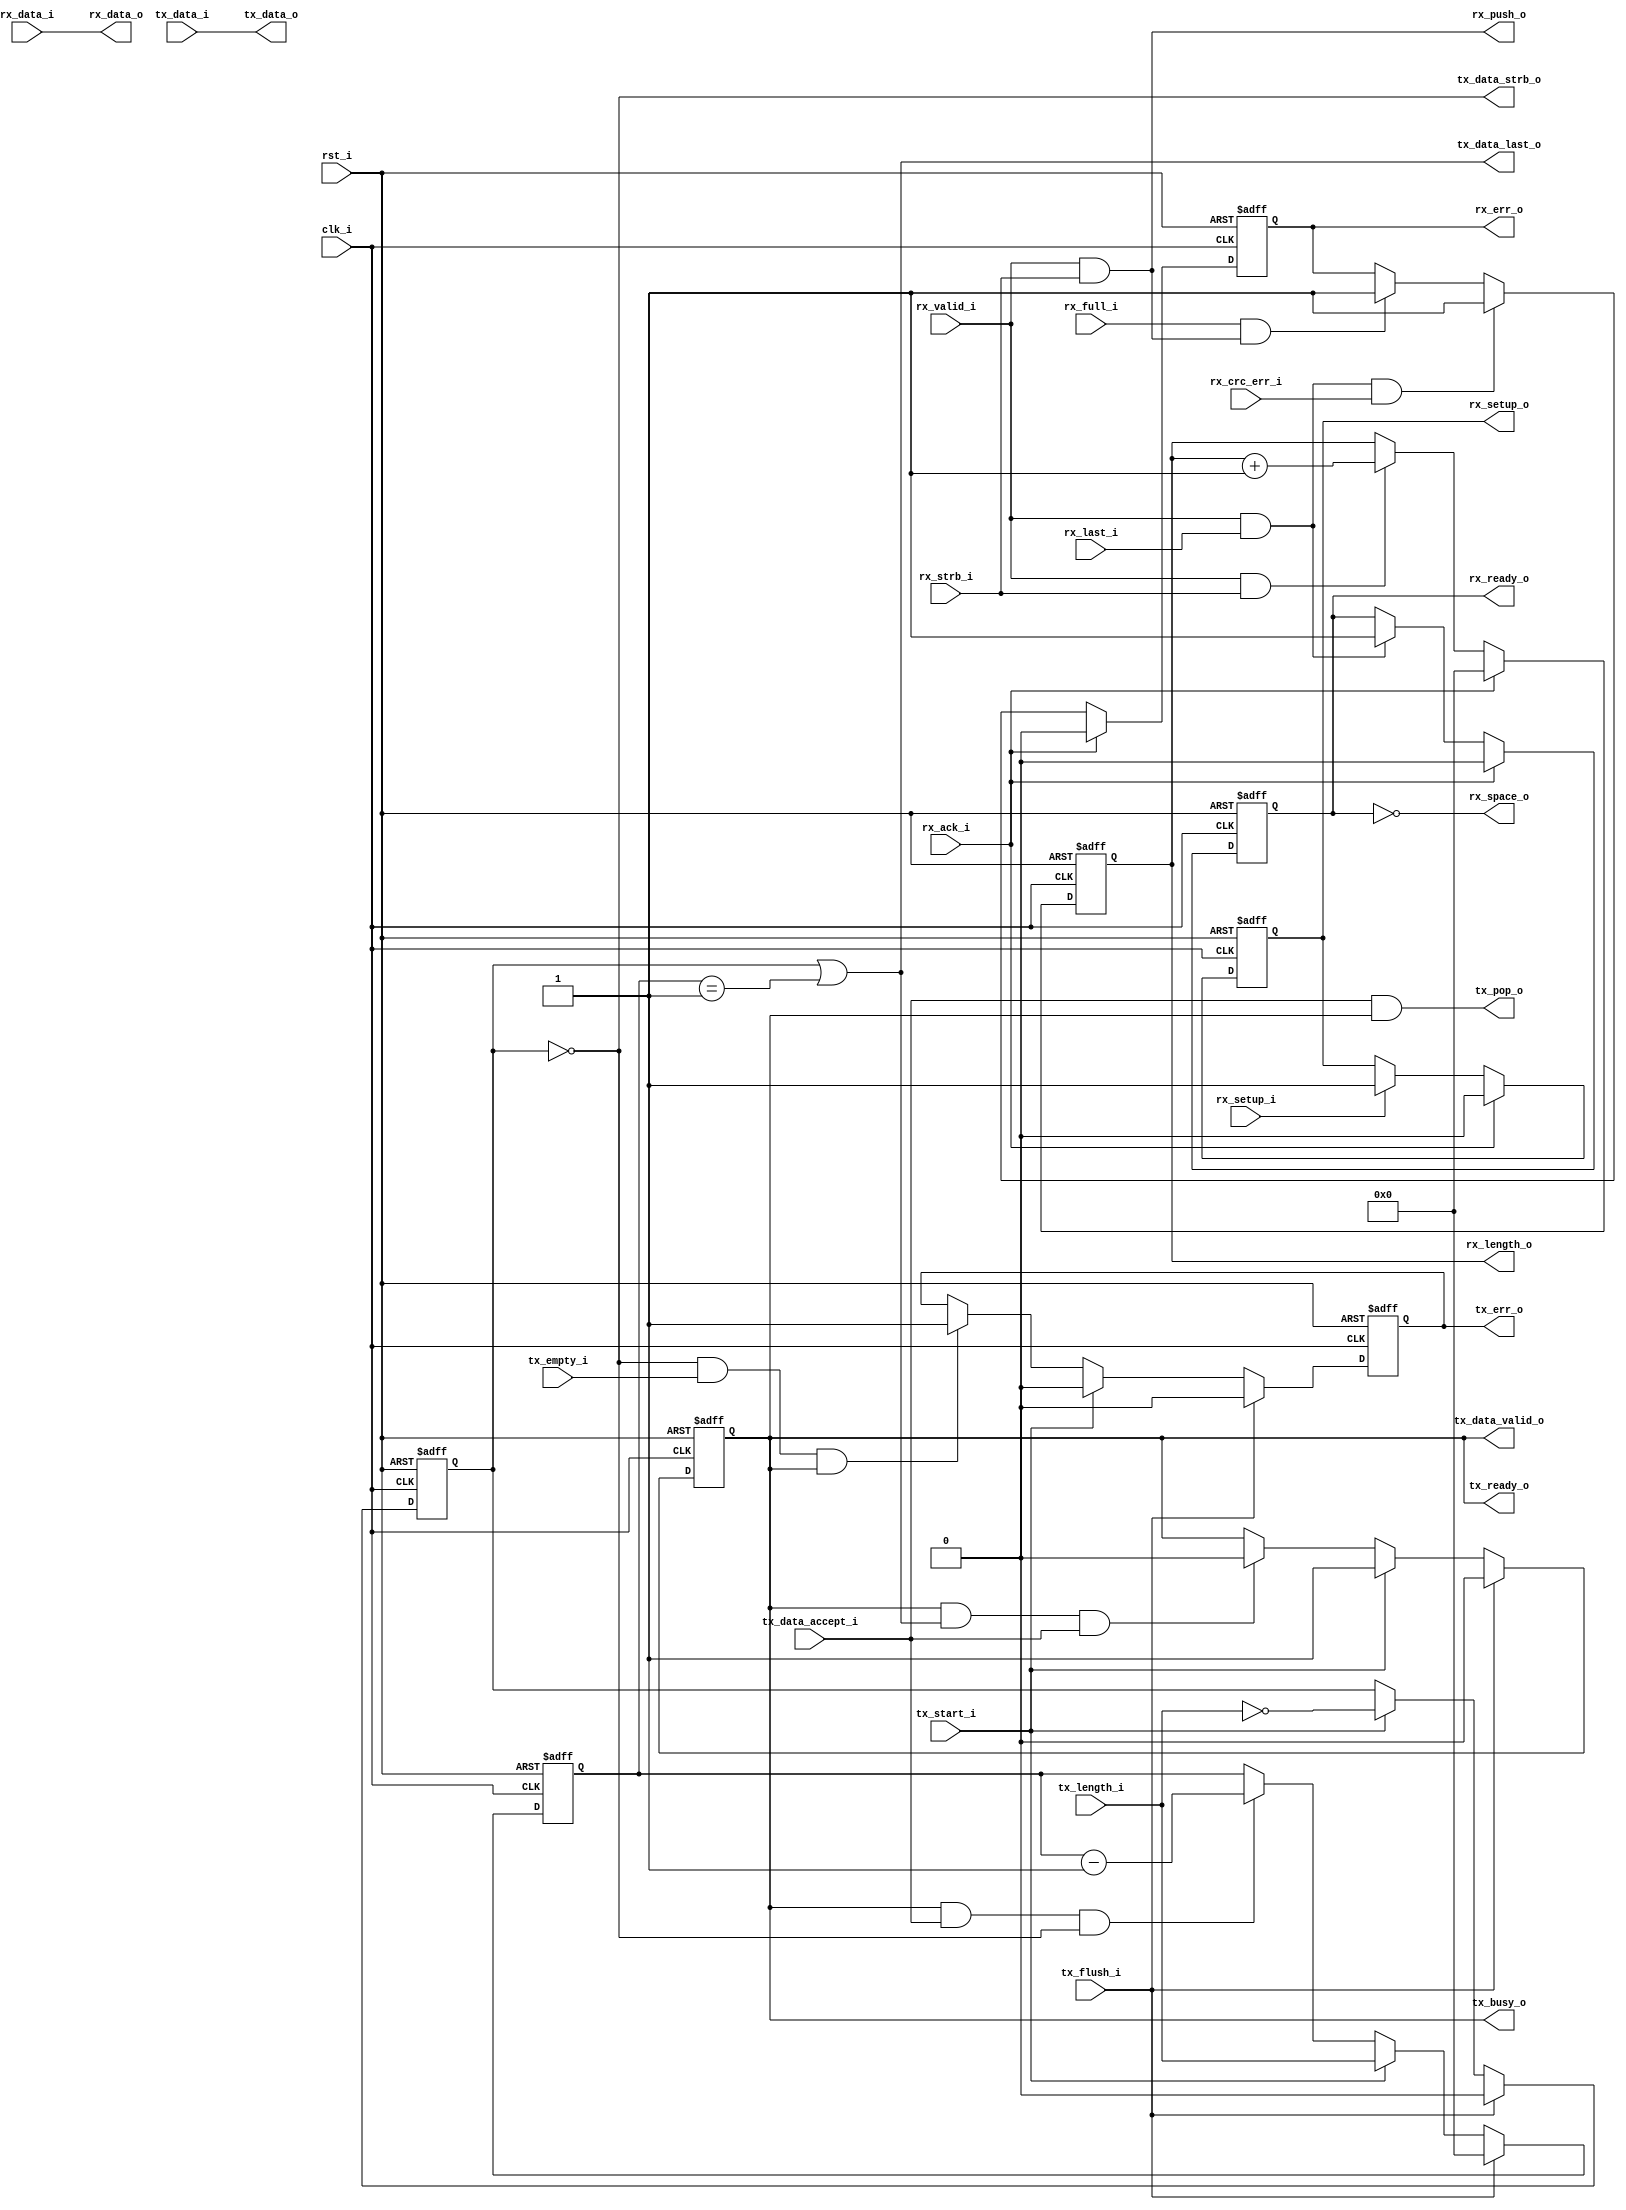
//-----------------------------------------------------------------
//                       USB Device Core
//                           V1.0
//                     Ultra-Embedded.com
//                     Copyright 2014-2019
//
//
//                         License: GPL
// If you would like a version with a more permissive license for
// use in closed source commercial applications please contact me
// for details.
//-----------------------------------------------------------------
//
// This file is open source HDL; you can redistribute it and/or 
// modify it under the terms of the GNU General Public License as 
// published by the Free Software Foundation; either version 2 of 
// the License, or (at your option) any later version.
//
// This file is distributed in the hope that it will be useful,
// but WITHOUT ANY WARRANTY; without even the implied warranty of
// MERCHANTABILITY or FITNESS FOR A PARTICULAR PURPOSE.  See the
// GNU General Public License for more details.
//
// You should have received a copy of the GNU General Public 
// License along with this file; if not, write to the Free Software
// Foundation, Inc., 59 Temple Place, Suite 330, Boston, MA 02111-1307
// USA
//-----------------------------------------------------------------

//-----------------------------------------------------------------
//                          Generated File
//-----------------------------------------------------------------

module usbf_sie_ep
(
    // Inputs
     input           clk_i
    ,input           rst_i
    ,input           rx_setup_i
    ,input           rx_valid_i
    ,input           rx_strb_i
    ,input  [  7:0]  rx_data_i
    ,input           rx_last_i
    ,input           rx_crc_err_i
    ,input           rx_full_i
    ,input           rx_ack_i
    ,input  [  7:0]  tx_data_i
    ,input           tx_empty_i
    ,input           tx_flush_i
    ,input  [ 10:0]  tx_length_i
    ,input           tx_start_i
    ,input           tx_data_accept_i

    // Outputs
    ,output          rx_space_o
    ,output          rx_push_o
    ,output [  7:0]  rx_data_o
    ,output [ 10:0]  rx_length_o
    ,output          rx_ready_o
    ,output          rx_err_o
    ,output          rx_setup_o
    ,output          tx_pop_o
    ,output          tx_busy_o
    ,output          tx_err_o
    ,output          tx_ready_o
    ,output          tx_data_valid_o
    ,output          tx_data_strb_o
    ,output [  7:0]  tx_data_o
    ,output          tx_data_last_o
);



//-----------------------------------------------------------------
// Rx
//-----------------------------------------------------------------
reg        rx_ready_q;
reg        rx_err_q;
reg [10:0] rx_len_q;
reg        rx_setup_q;

always @ (posedge clk_i or posedge rst_i)
if (rst_i)
    rx_ready_q <= 1'b0;
else if (rx_ack_i)
    rx_ready_q <= 1'b0;
else if (rx_valid_i && rx_last_i)
    rx_ready_q <= 1'b1;

assign rx_space_o = !rx_ready_q;

always @ (posedge clk_i or posedge rst_i)
if (rst_i)
    rx_len_q <= 11'b0;
else if (rx_ack_i)
    rx_len_q <= 11'b0;
else if (rx_valid_i && rx_strb_i)
    rx_len_q <= rx_len_q + 11'd1;

always @ (posedge clk_i or posedge rst_i)
if (rst_i)
    rx_err_q <= 1'b0;
else if (rx_ack_i)
    rx_err_q <= 1'b0;
else if (rx_valid_i && rx_last_i && rx_crc_err_i)
    rx_err_q <= 1'b1;
else if (rx_full_i && rx_push_o)
    rx_err_q <= 1'b1;

always @ (posedge clk_i or posedge rst_i)
if (rst_i)
    rx_setup_q <= 1'b0;
else if (rx_ack_i)
    rx_setup_q <= 1'b0;
else if (rx_setup_i)
    rx_setup_q <= 1'b1;

assign rx_length_o = rx_len_q;
assign rx_ready_o  = rx_ready_q;
assign rx_err_o    = rx_err_q;
assign rx_setup_o  = rx_setup_q;

assign rx_push_o   = rx_valid_i & rx_strb_i;
assign rx_data_o   = rx_data_i;

//-----------------------------------------------------------------
// Tx
//-----------------------------------------------------------------
reg        tx_active_q;
reg        tx_err_q;
reg        tx_zlp_q;
reg [10:0] tx_len_q;

// Tx active
always @ (posedge clk_i or posedge rst_i)
if (rst_i)
    tx_active_q <= 1'b0;
else if (tx_flush_i)
    tx_active_q <= 1'b0;
else if (tx_start_i)
    tx_active_q <= 1'b1;
else if (tx_data_valid_o && tx_data_last_o && tx_data_accept_i)
    tx_active_q <= 1'b0;

assign tx_ready_o = tx_active_q;

// Tx zero length packet
always @ (posedge clk_i or posedge rst_i)
if (rst_i)
    tx_zlp_q <= 1'b0;
else if (tx_flush_i)
    tx_zlp_q <= 1'b0;
else if (tx_start_i)
    tx_zlp_q <= (tx_length_i == 11'b0);

// Tx length
always @ (posedge clk_i or posedge rst_i)
if (rst_i)
    tx_len_q <= 11'b0;
else if (tx_flush_i)
    tx_len_q <= 11'b0;
else if (tx_start_i)
    tx_len_q <= tx_length_i;
else if (tx_data_valid_o && tx_data_accept_i && !tx_zlp_q)
    tx_len_q <= tx_len_q - 11'd1;

// Tx SIE Interface
assign tx_data_valid_o = tx_active_q;
assign tx_data_strb_o  = !tx_zlp_q;
assign tx_data_last_o  = tx_zlp_q || (tx_len_q == 11'd1);
assign tx_data_o       = tx_data_i;

// Error: Buffer underrun
always @ (posedge clk_i or posedge rst_i)
if (rst_i)
    tx_err_q <= 1'b0;
else if (tx_flush_i)
    tx_err_q <= 1'b0;
else if (tx_start_i)
    tx_err_q <= 1'b0;
else if (!tx_zlp_q && tx_empty_i && tx_data_valid_o)
    tx_err_q <= 1'b1;

// Tx Register Interface
assign tx_err_o      = tx_err_q;
assign tx_busy_o     = tx_active_q;

// Tx FIFO Interface
assign tx_pop_o      = tx_data_accept_i & tx_active_q;


endmodule